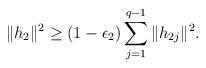
LaTeX: \begin{align*} \Vert h_2\Vert^2\geq(1-\epsilon_2)\sum_{j=1}^{q-1}\|h_{2j}\|^2.\end{align*}